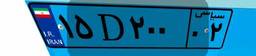
۱۵D۲۰۰۰۲